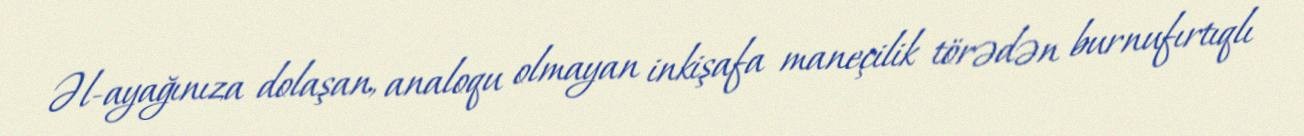
Əl-ayağınıza dolaşan, analoqu olmayan inkişafa maneçilik törədən burnufırtıqlı